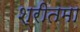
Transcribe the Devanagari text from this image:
श्रीतमा